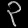
Digit: ၃